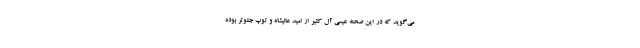
می‌گوید که در این صحنه عیسی آل کثیر از امید عالیشاه و توپ جلوتر بوده